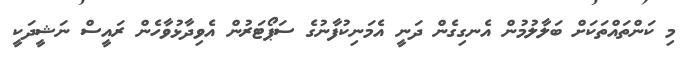
މި ކަންތައްތަކަށް ބަލާލުމުން އެނގިގެން ދަނީ އެމަނިކުފާނުގެ ސަޕޯޓަރުން އެވިދާޅުވާހެން ރައީސް ނަޝީދަކީ